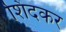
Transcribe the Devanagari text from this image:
शिंदकर